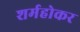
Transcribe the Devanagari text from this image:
शर्महोकर